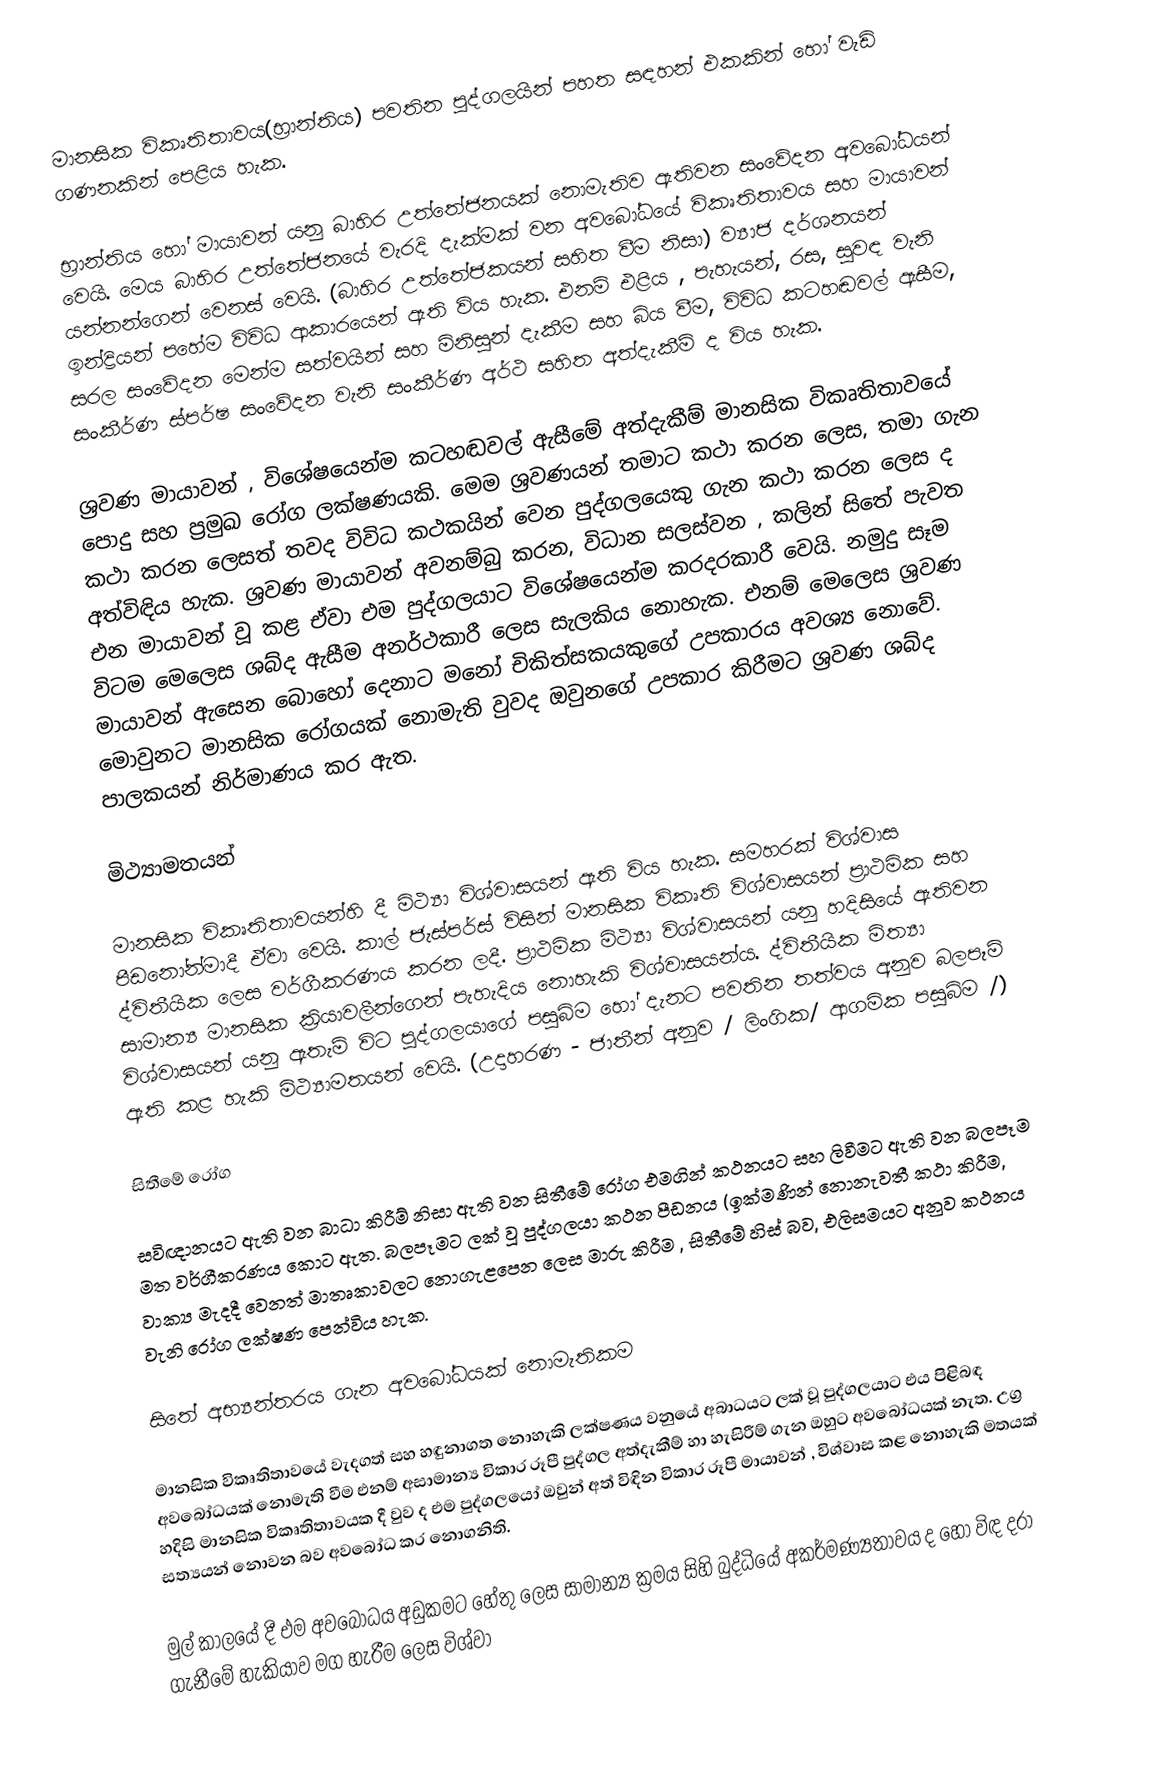
මානසික විකෘතිතාවය(භ්‍රාන්තිය) පවතින පුද්ගලයින් පහත සඳහන් එකකින් ‍හෝ වැඩි ගණනකින් පෙළිය හැක.

භ්‍රාන්තිය හෝ මායාවන් යනු බාහිර උත්තේජනයක් නොමැතිව ඇතිවන සංවේදන අවබෝධයන් වෙයි. මෙය බාහිර උත්තේජනයේ වැරදි දැක්මක් වන අවබෝධයේ විකෘතිතාවය සහ මායාවන් යන්නන්ගෙන් වෙනස් වෙයි. (බාහිර උත්තේජකයන් සහිත වීම නිසා) ව්‍යාජ දර්ශනයන් ඉන්ද්‍රියන් ‍පහේම විවිධ ආකාරයෙන් ඇති විය හැක. එනම් එළිය , පැහැයන්, රස, සුවඳ වැනි සරල සංවේදන මෙන්ම සත්වයින් සහ මිනිසුන් දැකීම සහ බිය වීම, විවිධ කටහඬවල් ඇසීම, සංකීර්ණ ස්පර්ෂ සංවේදන වැනි සංකීර්ණ අර්ථ සහිත අත්දැකීම් ද විය හැක.

ශ්‍රවණ මායාවන් , විශේෂයෙන්ම කටහඬවල් ඇසීමේ අත්දැකීම් මානසික විකෘතිතාවයේ පොදු සහ ප්‍රමුඛ රෝග ලක්ෂණයකි. මෙම ශ්‍රවණයන් තමාට කථා කරන ලෙස, තමා ගැන කථා කරන ලෙසත් තවද විවිධ කථකයින් වෙන පුද්ගලයෙකු ගැන කථා කරන ලෙස ද අත්විඳිය හැක. ශ්‍රවණ මායාවන් අවනම්බු කරන, විධාන සලස්වන , කලින් සිතේ පැවත එන මායාවන් වූ කළ ඒවා එම පුද්ගලයාට විශේෂයෙන්ම කරදරකාරී වෙයි. නමුදු සෑම විටම මෙලෙස ශබ්ද ඇසීම අනර්ථකාරී ලෙස සැලකිය නොහැක. එනම් මෙලෙස ශ්‍රවණ මායාවන් ඇසෙන බොහෝ ‍දෙනාට මනෝ චිකිත්සකයකුගේ උපකාරය අවශ්‍ය නොවේ. මොවුනට මානසික ‍රෝගයක් නොමැති වුවද ඔවුනගේ උපකාර කිරීමට ශ්‍රවණ ශබ්ද පාලකයන් නිර්මාණය කර ඇත.

මිථ්‍යාමතයන්

මානසික විකෘතිතාවයන්හි දී මිථ්‍යා විශ්වාසයන් ඇති විය හැක. සමහරක් විශ්වාස පීඩනෝන්මාදී ඒවා වෙයි. කාල් ජැස්පර්ස් විසින් මානසික විකෘති විශ්වාසයන් ප්‍රාථමික සහ ද්විතීයික ලෙස වර්ගීකරණය කරන ලදී. ප්‍රාථමික මිථ්‍යා විශ්වාසයන් යනු හදිසියේ ඇතිවන සාමාන්‍ය මානසික ක්‍රියාවලීන්ගෙන් පැහැදිය නොහැකි විශ්වාසයන්ය. ද්විතීයික මිත්‍යා විශ්වාසයන් යනු ඇතැම් විට පුද්ගලයාගේ පසුබිම හෝ දැනට පවතින තත්වය අනුව බලපෑම් ඇති කළ හැකි මිථ්‍යාමතයන් වෙයි. (උදාහරණ - ජාතීන් අනුව / ලිංගික/ ආගමික පසුබිම /)

සිතීමේ රෝග

සවිඥානයට ඇති වන බාධා කිරීම් නිසා ඇති වන සිතීමේ රෝග එමගින් කථනයට සහ ලිවීමට ඇති වන බලපෑම මත වර්ගීකරණය කොට ඇත. බලපෑමට ලක් වූ පුද්ගලයා කථන පීඩනය (ඉක්මණින් නොනැවතී කථා කිරීම, වාක්‍ය මැදදී වෙනත් මාතෘකාවලට නොගැළපෙන ලෙස මාරු කිරීම , සිතීමේ හිස් බව, එලිසමයට අනුව කථනය වැනි රෝග ලක්ෂණ පෙන්විය හැක.

සිතේ අභ්‍යන්තරය ගැන අවබෝධයක් නොමැතිකම

මානසික විකෘතිතාවයේ වැදගත් සහ හඳුනාගත නොහැකි ලක්ෂණය වනුයේ අබාධයට ලක් වූ පුද්ගලයාට එය පිළිබඳ අවබෝධයක් නොමැති වීම එනම් අසාමාන්‍ය විකාර රූපී පුද්ගල අත්දැකීම් හා හැසිරීම් ගැන ඔහුට අවබෝධයක් නැත. උග්‍ර හදිසි මානසික විකෘතිතාවයක දී වුව ද එම පුද්ගලයෝ ඔවු‍න් අත් විඳින විකාර රූපී මායාවන් , විශ්වාස කළ නොහැකි මතයක් සත්‍යයන් නොවන බව අවබෝධ කර නොගනිති.

මුල් කාලයේ දී එම අවබෝධය අඩුකමට හේතු ලෙස සාමාන්‍ය ක්‍රමය සිහි බුද්ධියේ අකර්මණ්‍යතාවය ද හෝ විඳ දරා ගැනී‍මේ හැකියාව මග හැරීම ලෙස විශ්වා